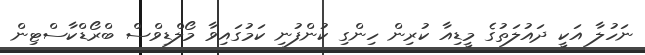
ނަހުލާ އަކީ ދައުލަތުގެ މީޑިއާ ކުރިން ހިންގި ކުންފުނި ކަމުގައިވާ މޯލްޑިވްސް ބްރޯޑްކާސްޓިން